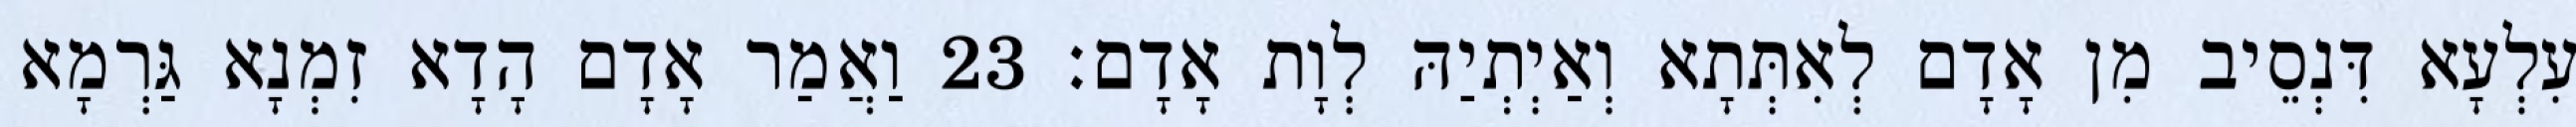
עִלְעָא דִּנְסֵיב מִן אָדָם לְאִתְּתָא וְאַיְתְיַהּ לְוָת אָדָם׃ 23 וַאֲמַר אָדָם הָדָא זִמְנָא גַּרְמָא